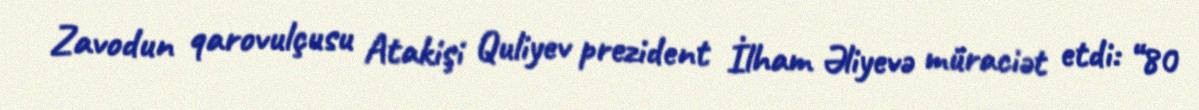
Zavodun qarovulçusu Atakişi Quliyev prezident İlham Əliyevə müraciət etdi: “80